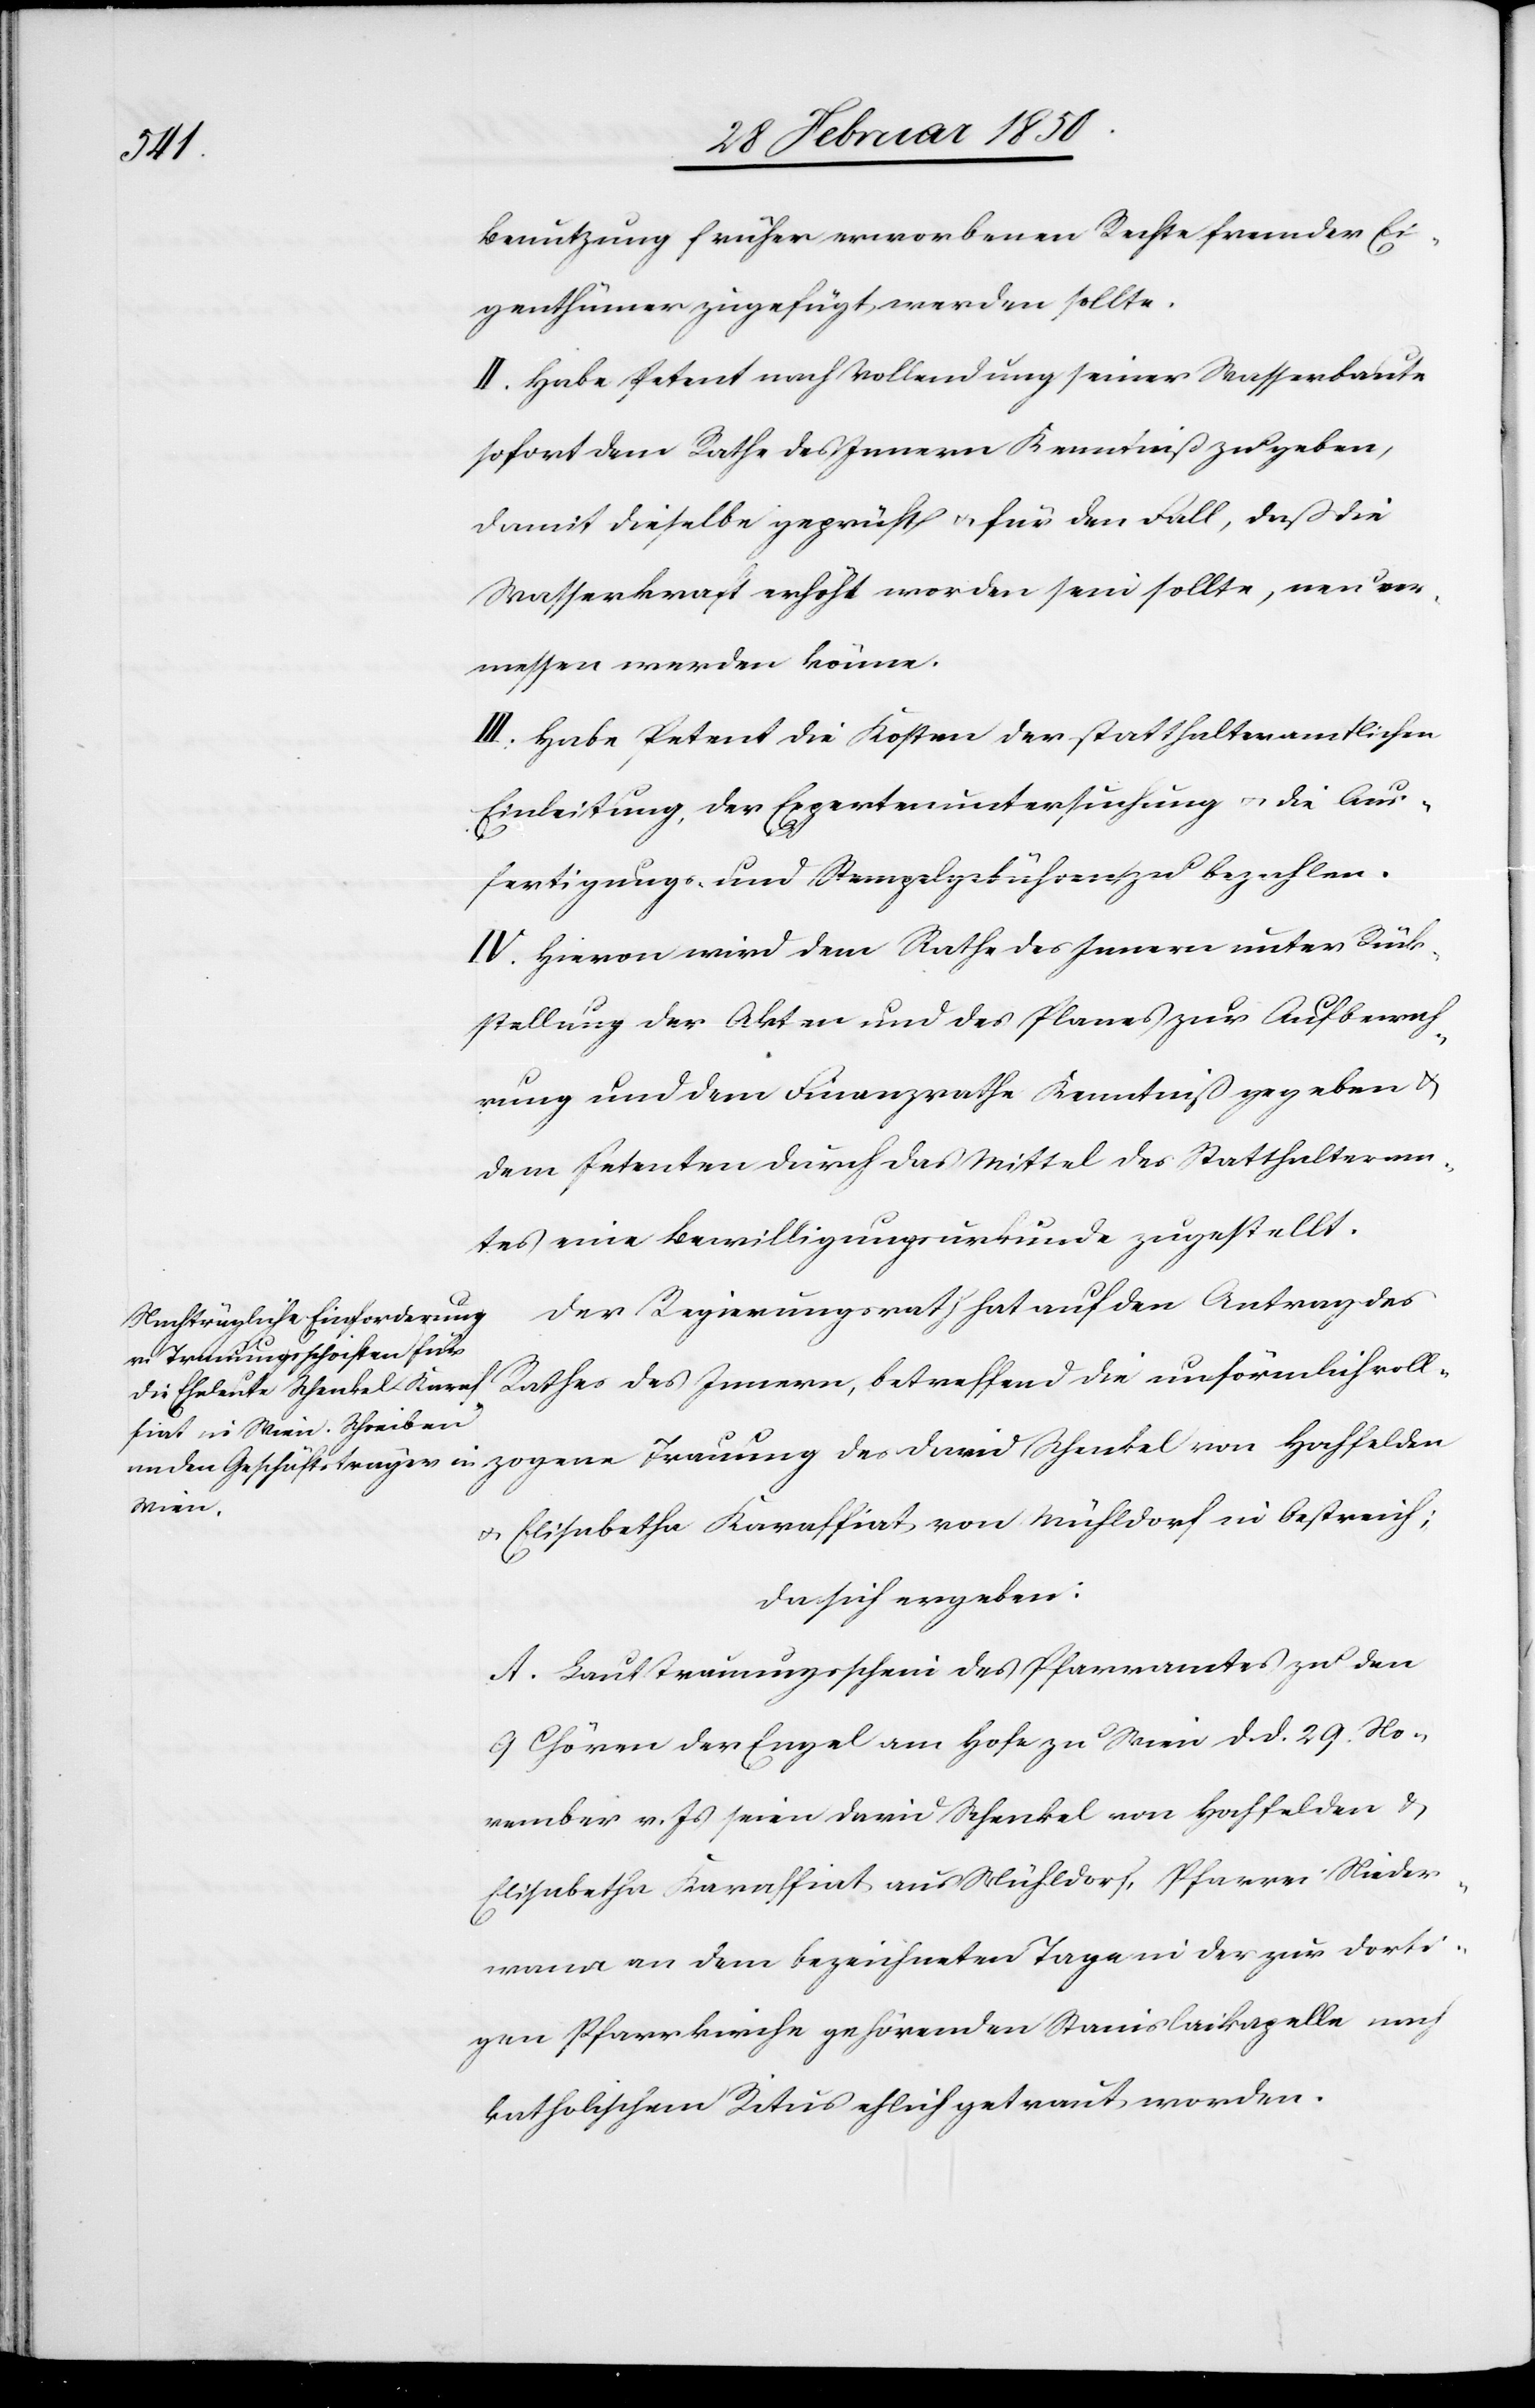
Benutzung früher erworbenen Rechte fremder Ei¬
genthümer zugefügt werden sollte.
II. Habe Petent nach Vollendung seiner Wasserbaute
sofort dem Rathe des Innern Kenntniß zu geben,
damit dieselbe geprüft u. für den Fall, daß die
Wasserkraft erhöht worden sein sollte, neu ver¬
messen werden könne.
III. Habe Petent die Kosten der statthalteramtlichen
Einleitung, der Expertenuntersuchung u. die Aus¬
fertigungs- und Stempelgebühren zu bezahlen.
IV. Hievon wird dem Rathe des Innern unter Rück¬
stellung der Akten und des Planes zur Aufbewah¬
rung und dem Finanzrathe Kenntniß gegeben u.
dem Petenten durch das Mittel des Statthalteram¬
tes eine Bewilligungsurkunde zugestellt.
Der Regierungsrath hat auf den Antrag des
Innern,
u. Elisabetha Karaffiat von Mühldorf in Oestreich;
da sich ergeben:
A. Laut Trauungsschein des Pfarramtes zu den
9 Chören der Engel am Hofe zu Wien d. d. 29. No¬
vember v. Js seien David Schenkel von Hochfelden u.
Elisabetha Karaffiat aus Mühldorf, Pfarrei Nieder¬
wann an dem bezeichneten Tage in der zur dorti¬
gen Pfarrkirche gehörenden Stanislaikapelle nach
katholischem Ritus ehelich getraut worden.